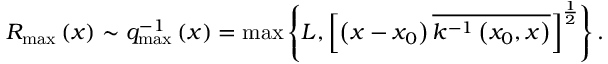
R _ { \operatorname * { m a x } } \left( x \right) \sim q _ { \operatorname * { m a x } } ^ { - 1 } \left( x \right) = \operatorname * { m a x } \left\{ L , \left[ \left( x - x _ { 0 } \right) \overline { { { k ^ { - 1 } \left( x _ { 0 } , x \right) } } } \right] ^ { \frac 1 2 } \right\} .